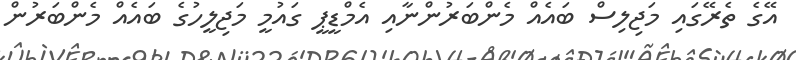
އޭގެ ތެރޭގައި މަޖިލިސް ބައެއް މެންބަރުންނާއި އެމްޑީޕީ ގައުމީ މަޖިލީހުގެ ބައެއް މެންބަރުން